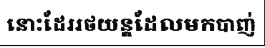
នោះដែររថយន្តដែលមកបាញ់